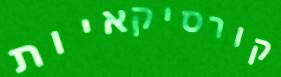
קורסיקאיות